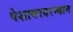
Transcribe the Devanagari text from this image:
पेशावरदरम्यान